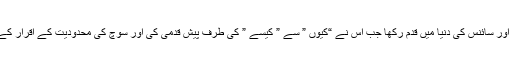
انسان نے اسی وقت جدید دور اور سائنس کی دنیا میں قدم رکھا جب اس نے “کیوں ” سے ” کیسے ” کی طرف پیش قدمی کی اور سوچ کی محدودیت کے اقرار کے ساتھ اپنی سمت درست کی ۔